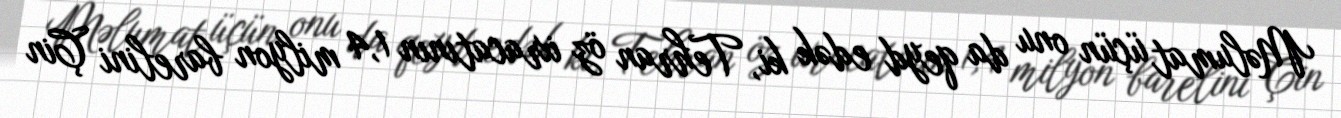
Məlumat üçün onu da qeyd edək ki, Tehran öz ixracatının 1,4 milyon barelini Çin